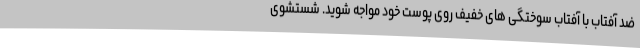
ضد آفتاب با آفتاب سوختگی های خفیف روی پوست خود مواجه شوید. شستشوی